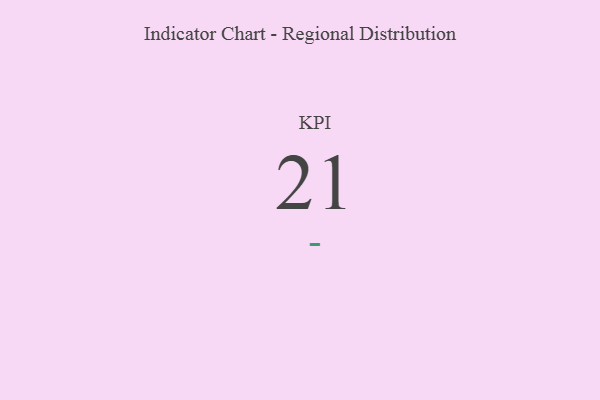
{"axis": {"x": "KPI", "y": "Value"}, "legend": [""], "data": [{"x": "KPI", "y": 21, "type": ""}]}